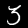
Digit: 3